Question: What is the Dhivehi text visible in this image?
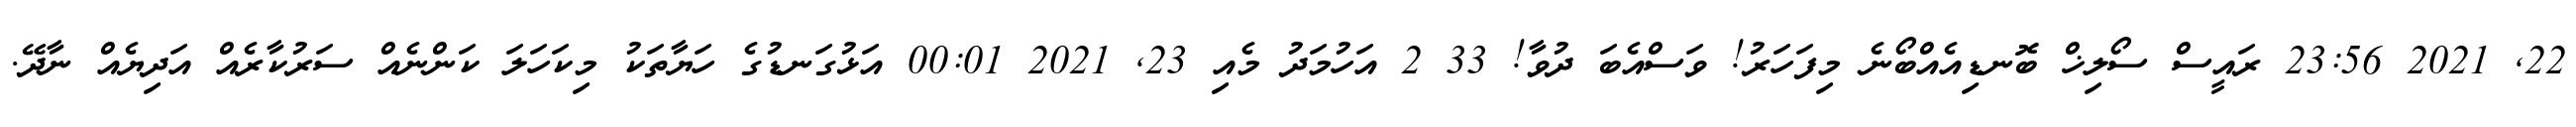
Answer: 22, 2021 23:56 ރައީސް ސޯލިޚް ބޮނޑިއެއްބޯނެ މިފަހަރު! ވަސްއެބަ ދުވާ! 33 2 އަހުމަދު މެއި 23, 2021 00:01 އަޅުގަނޑުގެ ހަޔާތަކު މިކަހަލަ ކަންނެއް ސަރުކާރެއް އަދިޔެއް ނާދޭ.